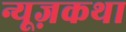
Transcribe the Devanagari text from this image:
न्यूज़कथा